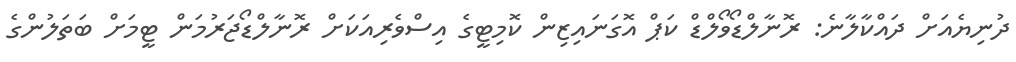
ދުނިޔެއަށް ދައްކާލާނެ: ރޮނާލްޑޯވޯލްޑް ކަޕް އޮގަނައިޒިން ކޮމިޓީގެ އިސްވެރިއަކަށް ރޮނާލްޑޯޖަރުމަން ޓީމަށް ބަތަލުންގެ